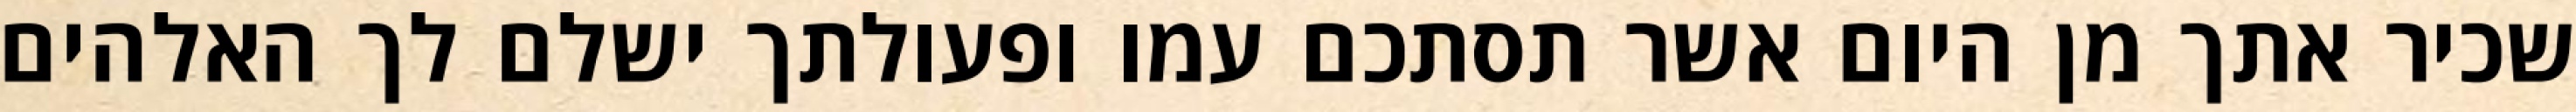
שכיר אתך מן היום אשר תסתכם עמו ופעולתך ישלם לך האלהים